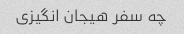
چه سفر هیجان انگیزی